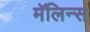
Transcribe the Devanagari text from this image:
मॅलिन्स